Annual report on the Civil Veterinary Department, Burma (including the Insein Veterinary School) - 1932-1941
Year: 1932
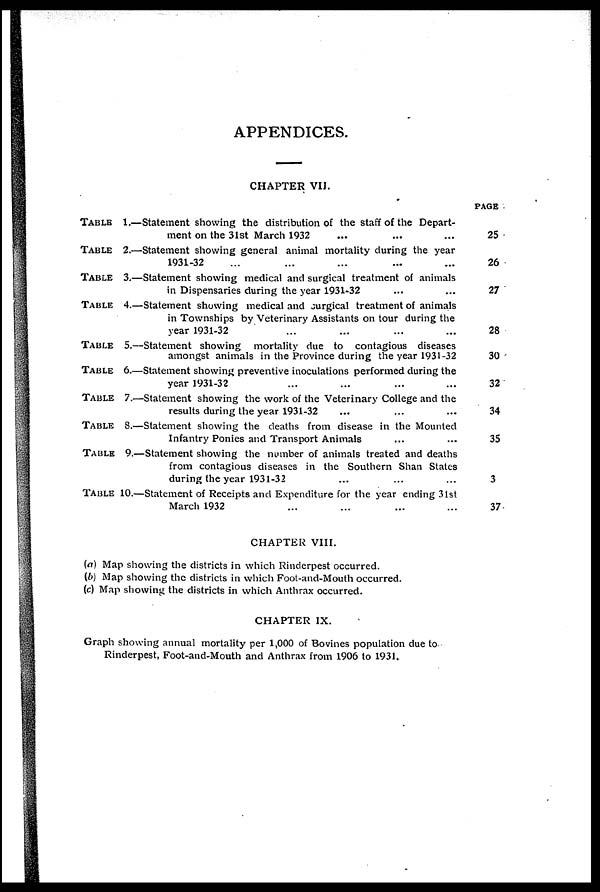
APPENDICES.
CHAPTER VII.
TABLE 1.—
TABLE 2.—
TABLE
3.—
TABLE
4.—
TABLE
5.—
TABLE
6.—
TABLE
7.—
TABLE
8.—
TABLE
9.—
TABLE 10.—
Statement showing the distribution of the staff of the Depart-
ment on the 31st March 1932 ... ... ...
Statement showing general animal mortality during the year
1931-32 ... ... ... ... ...
Statement showing medical and surgical treatment of animals
in Dispensaries during the year 1931-32 ... ...
Statement showing medical and surgical treatment of animals
in Townships by Veterinary Assistants on tour during the
year 1931-32 ... ... ... ...
Statement showing mortality due to contagious diseases
amongst animals in the Province during the year 1931-32
Statement showing preventive inoculations performed during the
year 1931-32 ... ... ... ...
Statement showing the work of the Veterinary College and the
results during the year 1931-32 ... ... ...
Statement showing the deaths from disease in the Mounted
Infantry Ponies and Transport Animals ... ...
Statement showing the number of animals treated and deaths
from contagious diseases in the Southern Shan States
during the year 1931-32 ... ... ...
Statement of Receipts and Expenditure for the year ending 31st
March 1932 ... ... ... ...
PAGE
25
26
27
28
30
32
34
35
3
37
CHAPTER VIII.
(a) Map showing the districts in which Rinderpest occurred.
(b) Map showing the districts in which Foot-and-Mouth occurred.
(c) Map showing the districts in which Anthrax occurred.
CHAPTER IX.
Graph showing annual mortality per 1,000 of Bovines population due to
Rinderpest, Foot-and-Mouth and Anthrax from 1906 to 1931.